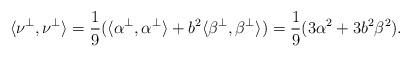
LaTeX: \begin{align*}\langle\nu^\perp,\nu^\perp\rangle=\frac{1}{9}(\langle\alpha^\perp,\alpha^\perp\rangle+b^2\langle\beta^\perp,\beta^\perp\rangle)=\frac{1}{9}(3\alpha^2+3b^2\beta^2).\end{align*}